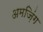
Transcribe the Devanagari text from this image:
अमज़िंग